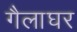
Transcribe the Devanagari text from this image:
गैलाघर